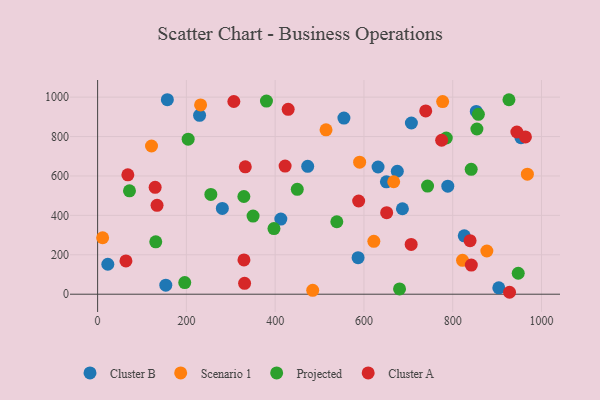
{"axis": {"x": "Speed", "y": "Exam Score"}, "legend": ["Cluster A", "Cluster B", "Projected", "Scenario 1"], "data": [{"x": "281.0", "y": 435.3, "type": "Cluster B"}, {"x": "853.1", "y": 927.6, "type": "Cluster B"}, {"x": "473.3", "y": 649.0, "type": "Cluster B"}, {"x": "23.0", "y": 152.0, "type": "Cluster B"}, {"x": "157.1", "y": 986.9, "type": "Cluster B"}, {"x": "229.7", "y": 907.5, "type": "Cluster B"}, {"x": "826.0", "y": 296.1, "type": "Cluster B"}, {"x": "631.8", "y": 645.4, "type": "Cluster B"}, {"x": "650.6", "y": 570.2, "type": "Cluster B"}, {"x": "706.9", "y": 868.9, "type": "Cluster B"}, {"x": "153.6", "y": 46.0, "type": "Cluster B"}, {"x": "686.7", "y": 433.7, "type": "Cluster B"}, {"x": "586.8", "y": 185.4, "type": "Cluster B"}, {"x": "412.8", "y": 381.2, "type": "Cluster B"}, {"x": "788.9", "y": 548.4, "type": "Cluster B"}, {"x": "953.8", "y": 794.5, "type": "Cluster B"}, {"x": "903.8", "y": 32.6, "type": "Cluster B"}, {"x": "554.9", "y": 894.0, "type": "Cluster B"}, {"x": "675.2", "y": 624.0, "type": "Cluster B"}, {"x": "484.6", "y": 19.7, "type": "Scenario 1"}, {"x": "514.6", "y": 834.4, "type": "Scenario 1"}, {"x": "822.1", "y": 171.9, "type": "Scenario 1"}, {"x": "876.9", "y": 219.3, "type": "Scenario 1"}, {"x": "667.0", "y": 570.6, "type": "Scenario 1"}, {"x": "121.4", "y": 752.1, "type": "Scenario 1"}, {"x": "622.3", "y": 268.5, "type": "Scenario 1"}, {"x": "968.2", "y": 608.9, "type": "Scenario 1"}, {"x": "590.3", "y": 670.1, "type": "Scenario 1"}, {"x": "232.0", "y": 960.4, "type": "Scenario 1"}, {"x": "777.3", "y": 977.4, "type": "Scenario 1"}, {"x": "11.3", "y": 286.6, "type": "Scenario 1"}, {"x": "131.0", "y": 265.6, "type": "Projected"}, {"x": "926.7", "y": 986.7, "type": "Projected"}, {"x": "743.3", "y": 548.9, "type": "Projected"}, {"x": "204.0", "y": 786.8, "type": "Projected"}, {"x": "350.2", "y": 396.4, "type": "Projected"}, {"x": "397.3", "y": 333.2, "type": "Projected"}, {"x": "680.2", "y": 26.7, "type": "Projected"}, {"x": "329.5", "y": 495.9, "type": "Projected"}, {"x": "854.5", "y": 838.4, "type": "Projected"}, {"x": "538.9", "y": 367.8, "type": "Projected"}, {"x": "857.8", "y": 912.9, "type": "Projected"}, {"x": "947.6", "y": 106.4, "type": "Projected"}, {"x": "196.3", "y": 59.2, "type": "Projected"}, {"x": "449.8", "y": 532.0, "type": "Projected"}, {"x": "71.8", "y": 524.8, "type": "Projected"}, {"x": "255.1", "y": 506.5, "type": "Projected"}, {"x": "841.6", "y": 633.9, "type": "Projected"}, {"x": "785.5", "y": 792.7, "type": "Projected"}, {"x": "380.4", "y": 979.8, "type": "Projected"}, {"x": "839.1", "y": 271.4, "type": "Cluster A"}, {"x": "739.2", "y": 930.1, "type": "Cluster A"}, {"x": "944.5", "y": 823.1, "type": "Cluster A"}, {"x": "68.1", "y": 605.8, "type": "Cluster A"}, {"x": "133.9", "y": 451.2, "type": "Cluster A"}, {"x": "651.2", "y": 413.7, "type": "Cluster A"}, {"x": "963.8", "y": 797.9, "type": "Cluster A"}, {"x": "329.7", "y": 174.2, "type": "Cluster A"}, {"x": "422.4", "y": 650.2, "type": "Cluster A"}, {"x": "706.4", "y": 252.6, "type": "Cluster A"}, {"x": "429.3", "y": 938.2, "type": "Cluster A"}, {"x": "129.6", "y": 542.3, "type": "Cluster A"}, {"x": "841.9", "y": 148.0, "type": "Cluster A"}, {"x": "63.8", "y": 168.9, "type": "Cluster A"}, {"x": "306.9", "y": 977.8, "type": "Cluster A"}, {"x": "775.1", "y": 781.2, "type": "Cluster A"}, {"x": "928.0", "y": 9.8, "type": "Cluster A"}, {"x": "331.1", "y": 55.0, "type": "Cluster A"}, {"x": "332.7", "y": 646.3, "type": "Cluster A"}, {"x": "588.1", "y": 473.1, "type": "Cluster A"}]}